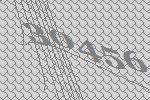
30456